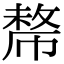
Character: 𢄡